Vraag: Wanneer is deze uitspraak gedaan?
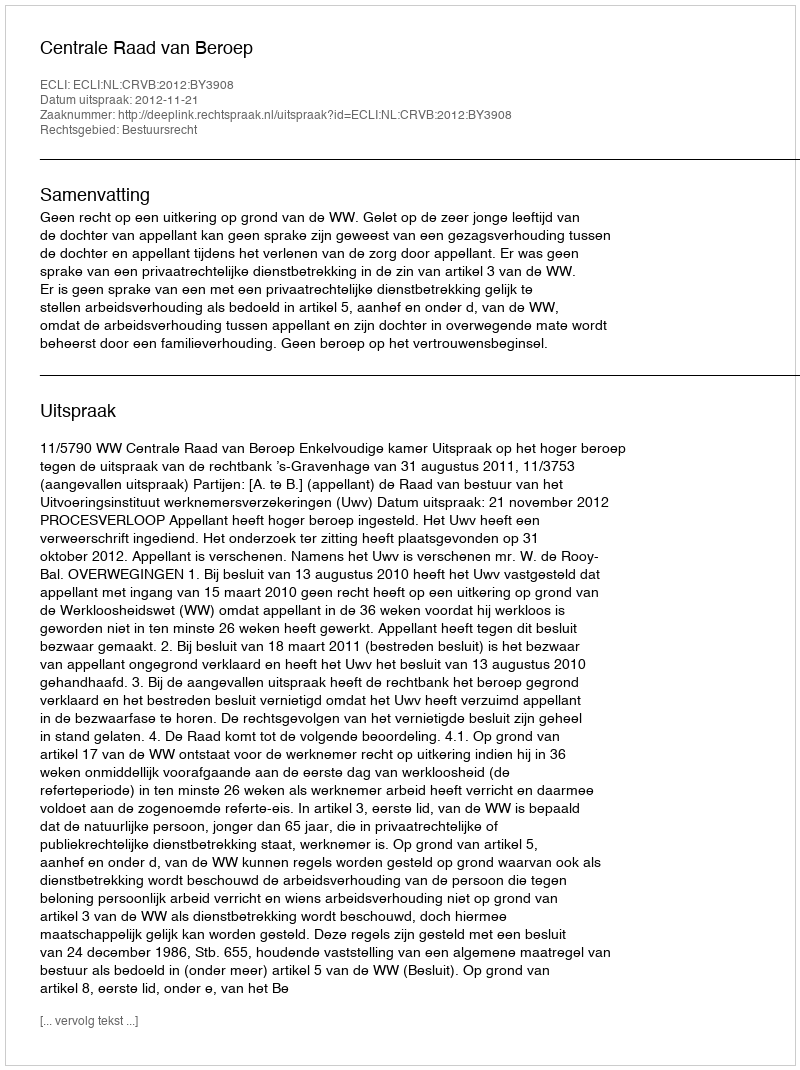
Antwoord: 2012-11-21